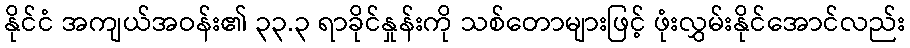
နိုင်ငံ အကျယ်အဝန်း၏ ၃၃.၃ ရာခိုင်နှုန်းကို သစ်တောများဖြင့် ဖုံးလွှမ်းနိုင်အောင်လည်း